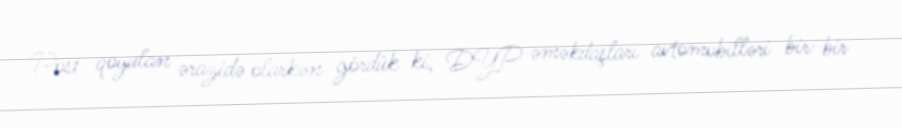
Post qoyulan ərazidə olarkən gördük ki, DYP əməkdaşları avtomobilləri bir-bir